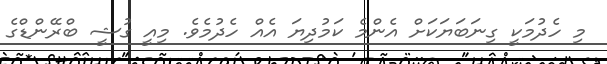
މި ހެދުމަކީ ގިނަބަޔަކަށް އެންމެ ކަމުދިޔަ އެއް ހެދުމެވެ. މިއީ ގުޝީ ބްރޭންޑްގެ